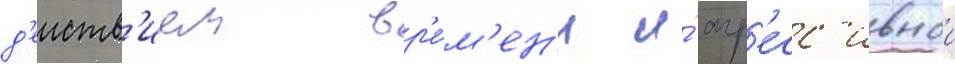
д'еиств'ием вр'е́м'ен'и и́ агр'есс'ивнои